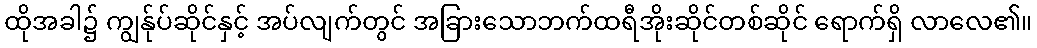
ထိုအခါ၌ ကျွန်ုပ်ဆိုင်နှင့် အပ်လျက်တွင် အခြားသောဘက်ထရီအိုးဆိုင်တစ်ဆိုင် ရောက်ရှိ လာလေ၏။